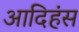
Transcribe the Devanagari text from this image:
आदिहंस